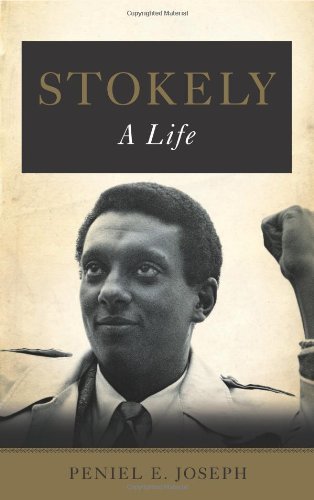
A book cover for Stokely: A Life; Peniel E. Joseph; Biographies & Memoirs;